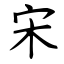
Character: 宋